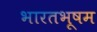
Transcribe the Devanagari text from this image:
भारतभूषम